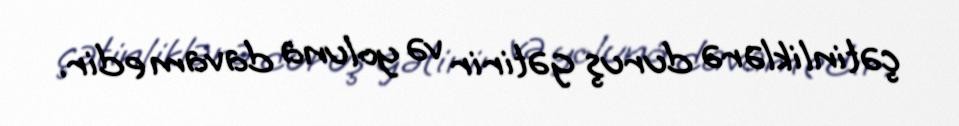
çətinliklərə duruş gətirir və yoluna davam edir.